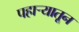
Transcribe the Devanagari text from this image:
पहाऱ्यातून